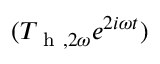
( T _ { \mathrm { ~ h ~ } , 2 \omega } e ^ { 2 i \omega t } )